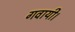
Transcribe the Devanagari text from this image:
गवायी।